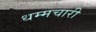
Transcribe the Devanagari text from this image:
धम्मचारी